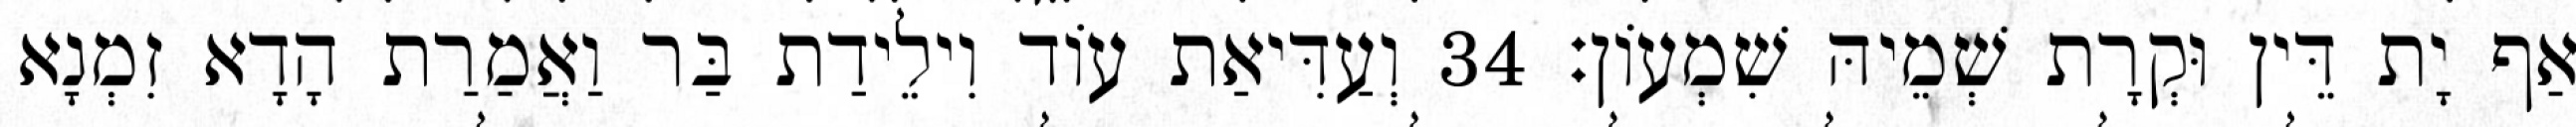
אַף יָת דֵּין וּקְרָת שְׁמֵיהּ שִׁמְעוֹן׃ 34 וְעַדִּיאַת עוֹד וִילֵידַת בַּר וַאֲמַרַת הָדָא זִמְנָא